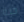
حية